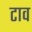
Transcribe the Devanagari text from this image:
टाव